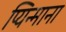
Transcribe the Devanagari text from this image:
प्यिन्माना